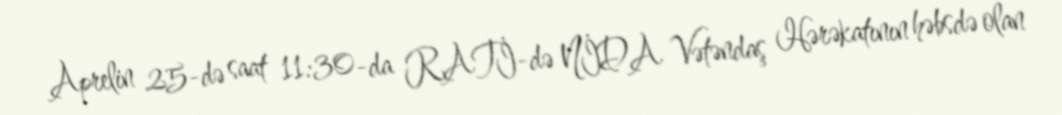
Aprelin 25-də saat 11:30-da RATİ-də NİDA Vətəndaş Hərəkatının həbsdə olan